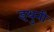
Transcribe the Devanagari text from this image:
इथुनी